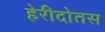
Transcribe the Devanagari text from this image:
हेरीदोतस